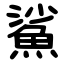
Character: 鯊